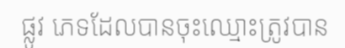
ផ្លូវ ភេទដែលបានចុះឈ្មោះត្រូវបាន